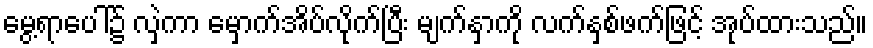
မွေ့ရာပေါ်၌ လှဲကာ မှောက်အိပ်လိုက်ပြီး မျက်နှာကို လက်နှစ်ဖက်ဖြင့် အုပ်ထားသည်။